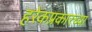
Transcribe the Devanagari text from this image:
हरेकप्रकारच्या